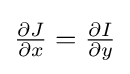
{\textstyle {\partial J \over \partial x}={\partial I \over \partial y}}